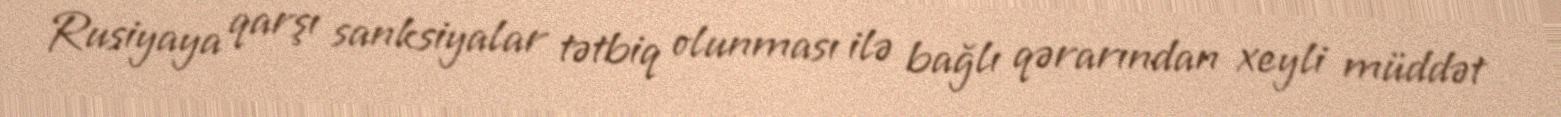
Rusiyaya qarşı sanksiyalar tətbiq olunması ilə bağlı qərarından xeyli müddət